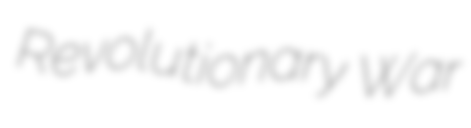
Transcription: Revolutionary War